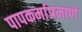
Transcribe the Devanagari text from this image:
पापकर्माप्रमाणे